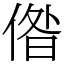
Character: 偺